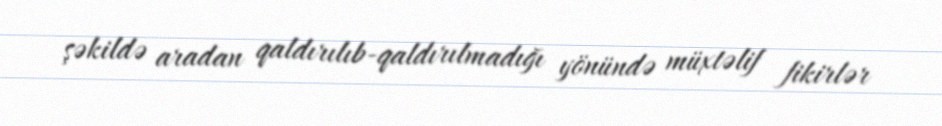
şəkildə aradan qaldırılıb-qaldırılmadığı yönündə müxtəlif fikirlər